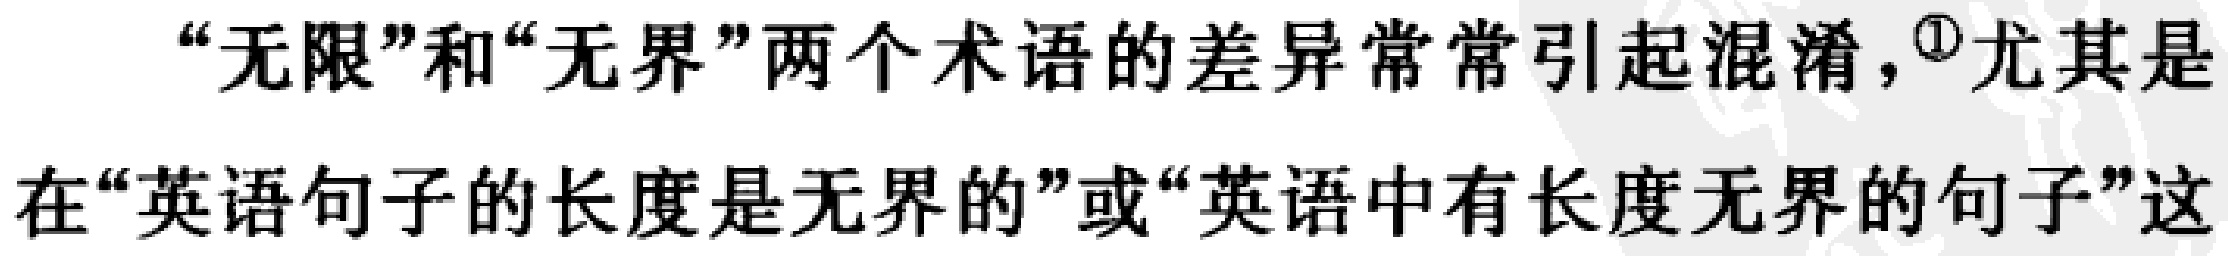
“无限”和“无界”两个术语的差异常常引起混淆，\textsuperscript{\textcircled{1}}尤其是在“英语句子的长度是无界的”或“英语中有长度无界的句子”这